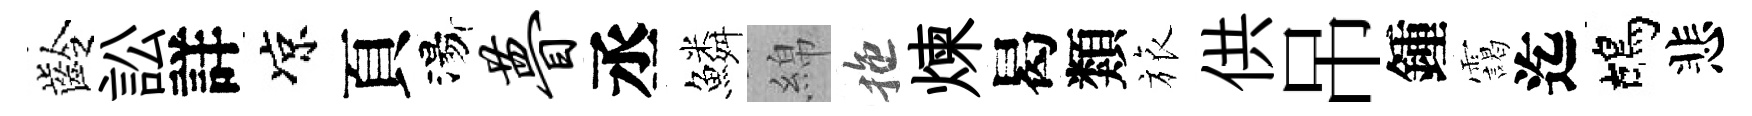
齡訟詳凉頁湯瞢丞鱗綿拖煉曷類旅供吊鍾靄迄鴣悲